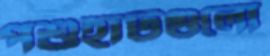
পশুহাটগুলো